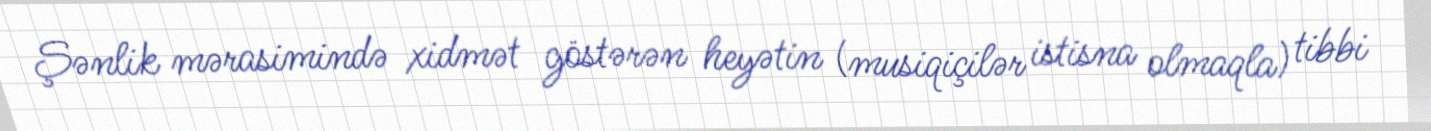
Şənlik mərasimində xidmət göstərən heyətin (musiqiçilər istisna olmaqla) tibbi